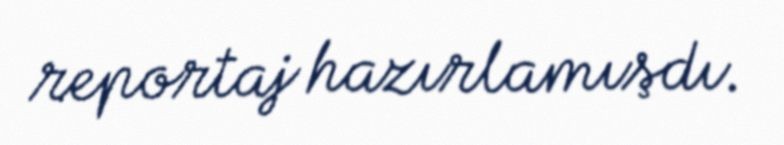
reportaj hazırlamışdı.